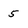
Character: 5